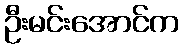
ဦးမင်းအောင်က